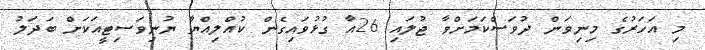
މި އަހަރުގެ މިނިވަން ދުވަސްކަމަށްވާ ޖުލައި 26އާ ގުޅުވައިގެން ކުއްލިއްޔާ ޔުނިވަސިޓީއަކަށް ބަދަލު